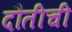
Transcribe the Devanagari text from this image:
दौतीची